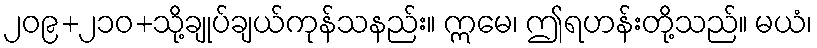
၂၀၉+၂၁၀+သို့ချုပ်ချယ်ကုန်သနည်း။ ဣမေ၊ ဤရဟန်းတို့သည်။ မယံ၊